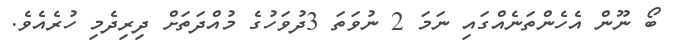
ބޯ ނޫން އެހެންތަނެއްގައި ނަމަ 2 ނުވަތަ 3ދުވަހުގެ މުއްދަތަށް ދިރިދެމި ހުރެއެވެ.